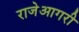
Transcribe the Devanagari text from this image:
राजेआगरी